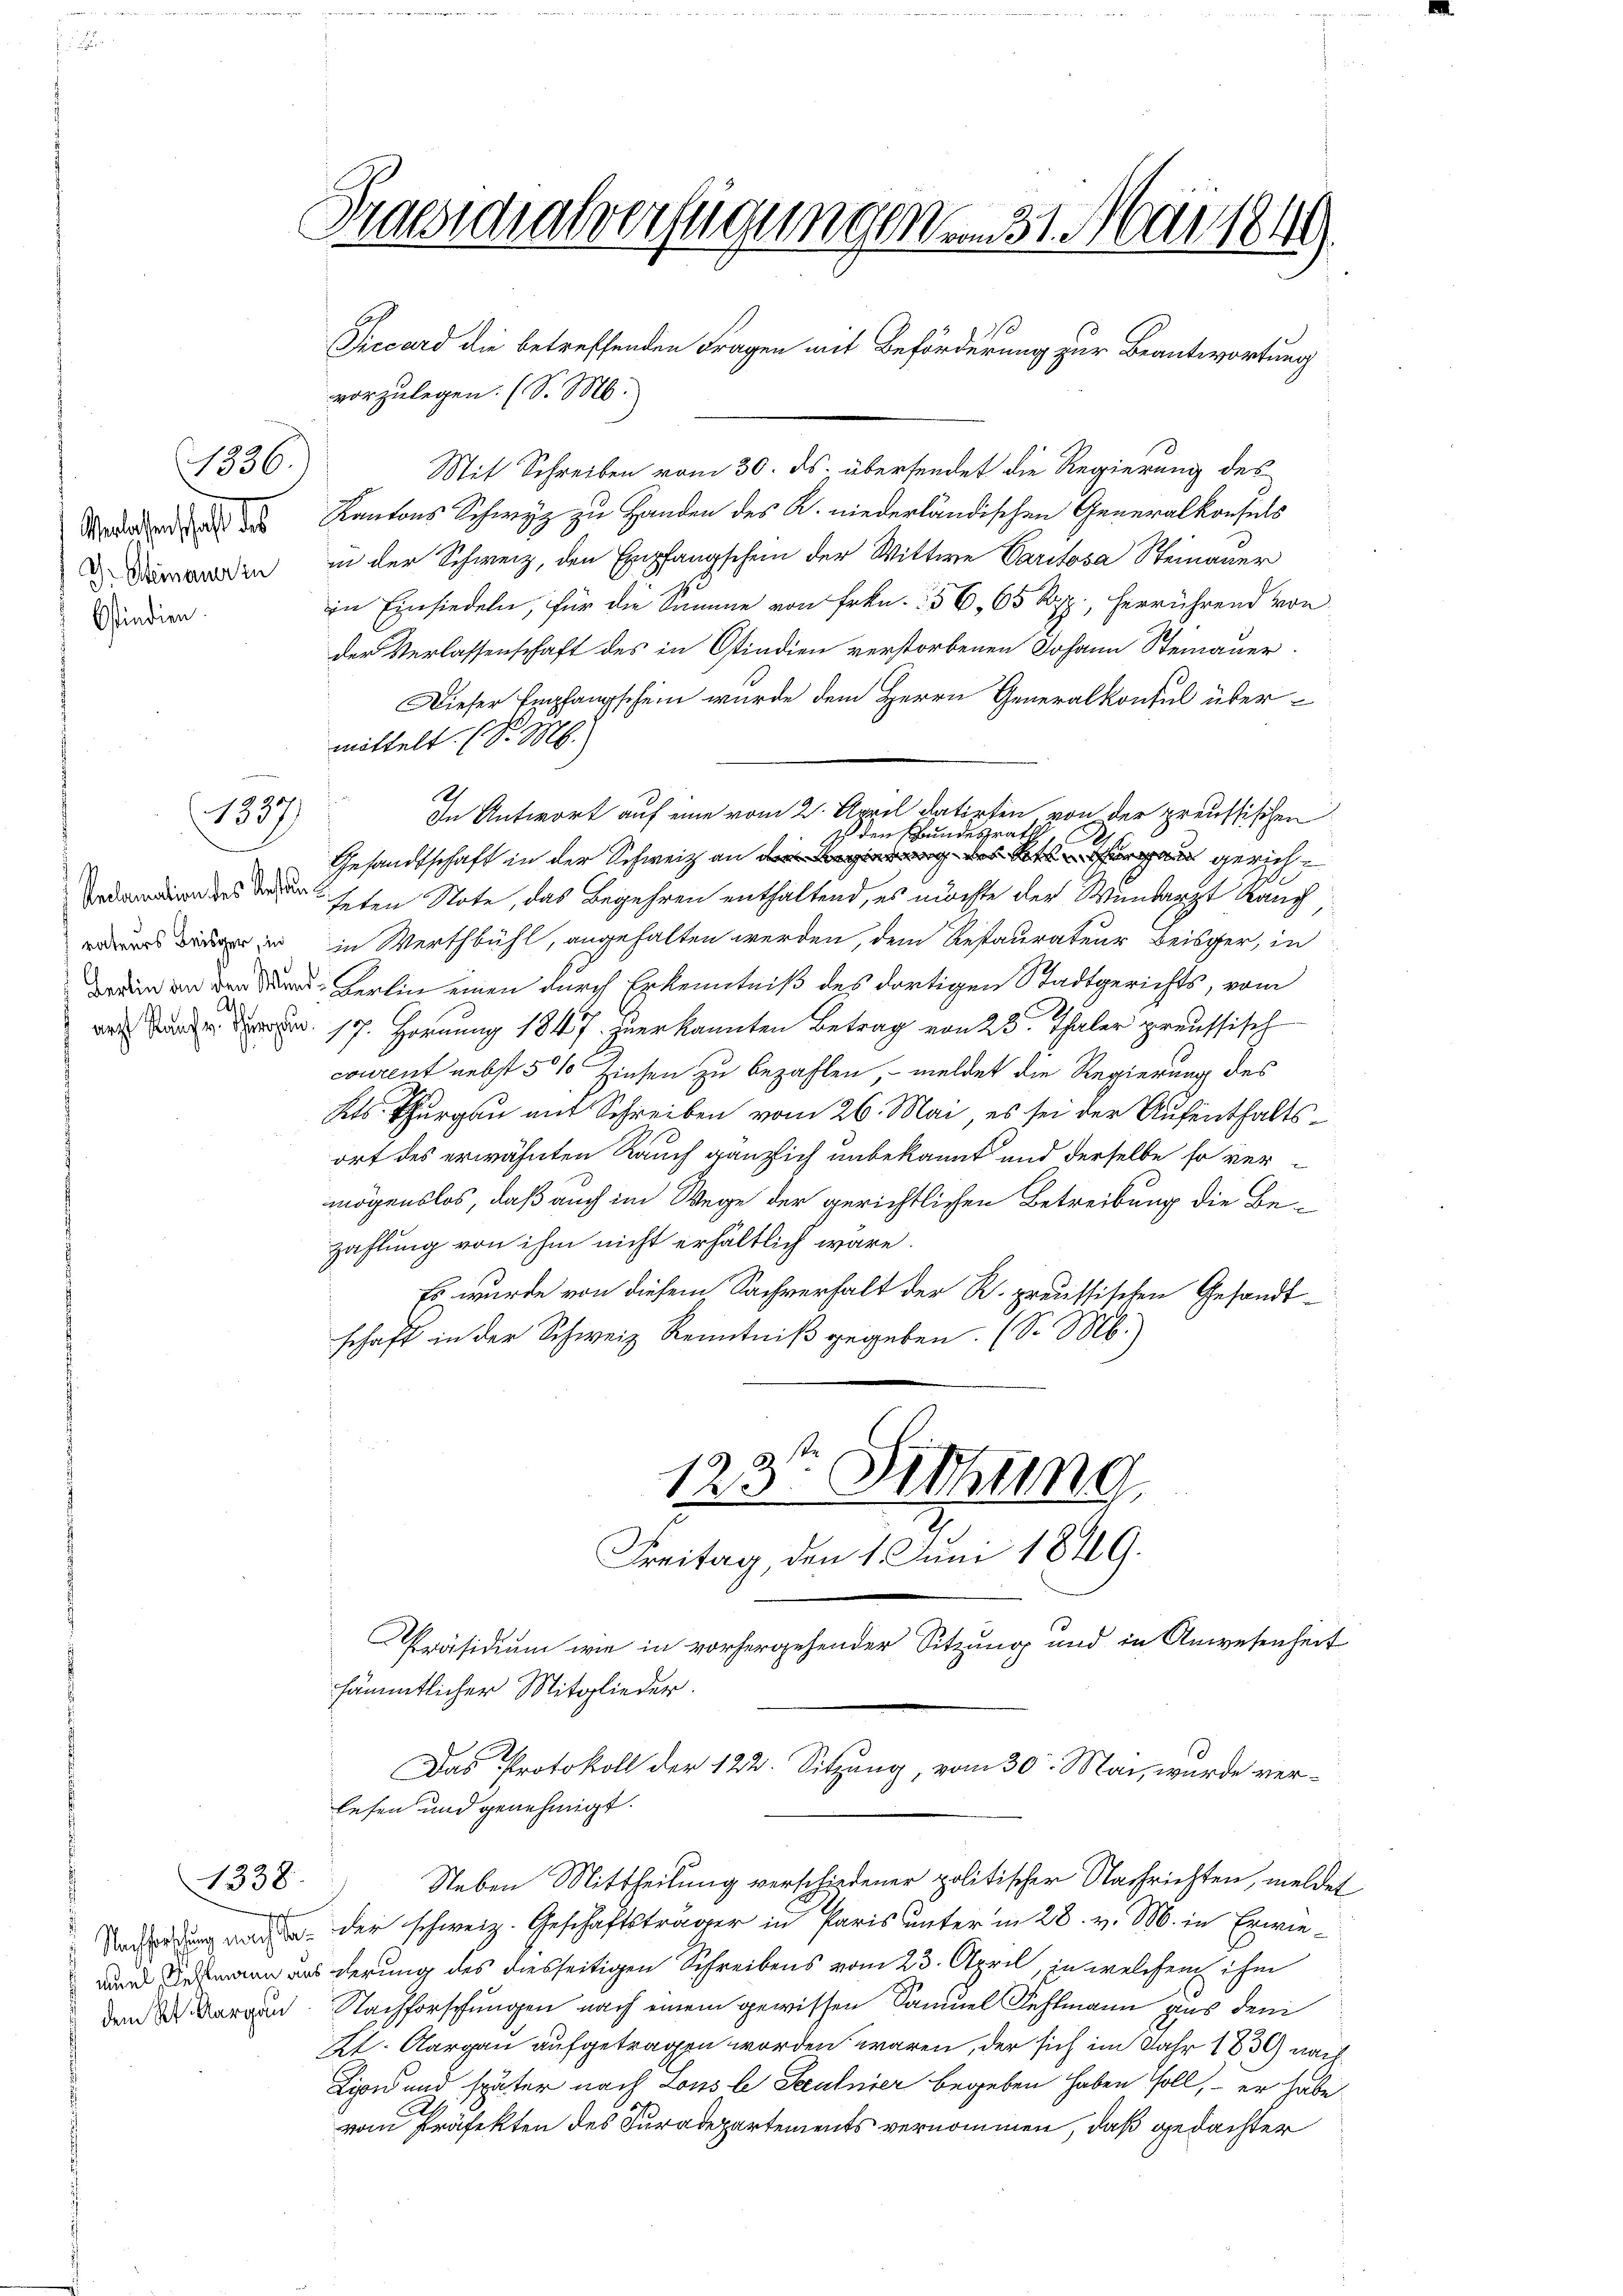
(1336)
Verlassenschaft des
Ostindien.

1587

d

1338

Praesidialverfügungen am 31. Mar 1849.
Siccard die betreffenden Fragen mit Beförderung zur Beantwortung

vorzulegen. (S. M.
Mit Schreiben vom 30. ds. übersendet die Regierung des
Kantons Schwyz zu Handen des K. niederländischen Generalkonfels
rden in der Schweiz, den Empfangschein der Wittwe Paritosa Steinauer
in Einsiedeln, für die Summe von Frkn. 356, 65 Rpp., herrührend von
der Verlassenschaft des in Ostindien verstorbenen Johann Stemauer
Dieser Empfangschein wurde dem Herrn Generalkonsul über¬
Gesandtschaft in der Schweiz an des an gerichdin des den heten Note, das Begehren enthaltend, es möchte der Wundarzt Rauch
  in Werthbühl, angehalten werden, dem Restaurateur Beisger, in
 Kerlin einen durch Erkenntniß des dortigen Stadtgerichts, vom
da und dem 17. Hornung 1847. hier kannten Betrag von 23. Thaler preussisch
courent nebst 5 % Zinsen zu bezahlen, – meldet die Regierung des
Kts. Thurgau mit Schreiben vom 26. Mai, es sei der Aufenthaltsort des erwähnten Rauch gänzlich unbekannt und derselbe so vermögenslos, daß auch im Wege der gerichtlichen Betreibung die Bezahlung von ihm nicht erhältlich wäre.
Es wurde von diesem Sachverhalt der R. preussischen Gesandtschaft in der Schweiz Kenntniß gegeben. (S. M.)
123. Sitzung
Freitag, den 1. Juni 1849.
Präsidium wie in vorhergehender Sitzung und in Anwesenheit
sämmtlicher Mitglieder
Das Protokoll der 122. Sitzung, vom 30. Mai, wurde verlesen und genehmigt.
Neben Mittheilung verschiedener politischer Nachrichten, meldet
Nahrung und der schweiz. Geschäftsträger in Paris unter in 28. v. M. in Erwiedmann aus derung des diesseitigen Schreibens vom 23. April, in welchem ihm
dem der Morgen. Nachforschungen nach einem gewissen Samuel Fehlmann aus dem
Kt. Aargau aufgetragen worden wären, der sich im Jahr 1836 nach
Lipid und später nach Lous le Seeulnier begeben haben soll, – er habe
vom Präfekten des Kuradepartements vernommen, daß gedachter

.

mittelt. (S. 26.

In Antwort auf eine vom 2. April datirten von der preussischen
 den Bundesrath